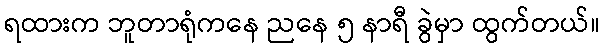
ရထားက ဘူတာရုံကနေ ညနေ ၅ နာရီ ခွဲမှာ ထွက်တယ်။